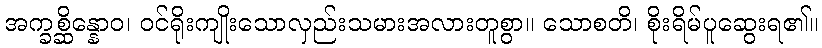
အက္ခစ္ဆိန္နောဝ၊ ဝင်ရိုးကျိုးသောလှည်းသမားအလားတူစွာ။ သောစတိ၊ စိုးရိမ်ပူဆွေးရ၏။